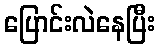
ပြောင်းလဲနေပြီး